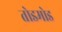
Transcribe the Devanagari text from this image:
तोडमोड